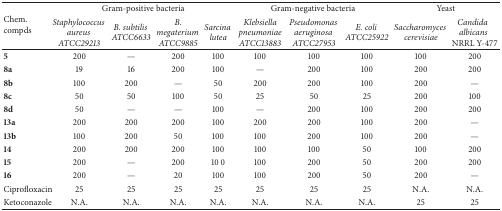
<table><thead><tr><td rowspan="2"><b>Chem. compds</b></td><td colspan="4"><b>Gram-positive bacteria</b></td><td colspan="3"><b>Gram-negative bacteria</b></td><td colspan="2"><b>Yeast</b></td></tr><tr><td><b><i>Staphylococcus aureus ATCC29213</i></b></td><td><b><i>B. subtilis ATCC6633</i></b></td><td><b><i>B. megaterium ATCC9885</i></b></td><td><b><i>Sarcina lutea</i></b></td><td><b><i>Klebsiella pneumoniae ATCC13883</i></b></td><td><b><i>Pseudomonas aeruginosa ATCC27953</i></b></td><td><b><i>E. coli ATCC25922</i></b></td><td><b><i>Saccharomyces</i> <i>cerevisiae </i></b></td><td><b><i>Candida albicans</i> NRRL Y-477</b></td></tr></thead><tbody><tr><td><b>5</b></td><td>200</td><td>—</td><td>200</td><td>100</td><td>100</td><td>100</td><td>100</td><td>100</td><td>200</td></tr><tr><td><b>8a</b></td><td>19</td><td>16</td><td>200</td><td>100</td><td>—</td><td>200</td><td>100</td><td>200</td><td>200</td></tr><tr><td><b>8b</b></td><td>100</td><td>200</td><td>—</td><td>50</td><td>200</td><td>200</td><td>100</td><td>200</td><td>—</td></tr><tr><td><b>8c</b></td><td>50</td><td>50</td><td>100</td><td>50</td><td>25</td><td>50</td><td>25</td><td>200</td><td>100</td></tr><tr><td><b>8d</b></td><td>50</td><td>—</td><td>—</td><td>100</td><td>—</td><td>200</td><td>100</td><td>200</td><td>200</td></tr><tr><td><b>13a</b></td><td>200</td><td>200</td><td>200</td><td>100</td><td>200</td><td>200</td><td>100</td><td>200</td><td>—</td></tr><tr><td><b>13b</b></td><td>100</td><td>200</td><td>50</td><td>100</td><td>100</td><td>200</td><td>100</td><td>200</td><td>—</td></tr><tr><td><b>14</b></td><td>200</td><td>200</td><td>200</td><td>100</td><td>100</td><td>100</td><td>50</td><td>100</td><td>200</td></tr><tr><td><b>15</b></td><td>200</td><td>—</td><td>200</td><td>10 0</td><td>100</td><td>200</td><td>50</td><td>200</td><td>200</td></tr><tr><td><b>16</b></td><td>200</td><td>—</td><td>20</td><td>100</td><td>100</td><td>200</td><td>50</td><td>200</td><td>—</td></tr><tr><td>Ciprofloxacin</td><td>25</td><td>25</td><td>25</td><td>25</td><td>25</td><td>25</td><td>25</td><td>N.A.</td><td>N.A.</td></tr><tr><td>Ketoconazole</td><td>N.A.</td><td>N.A.</td><td>N.A.</td><td>N.A.</td><td>N.A.</td><td>N.A.</td><td>N.A.</td><td>25</td><td>25</td></tr></tbody></table>